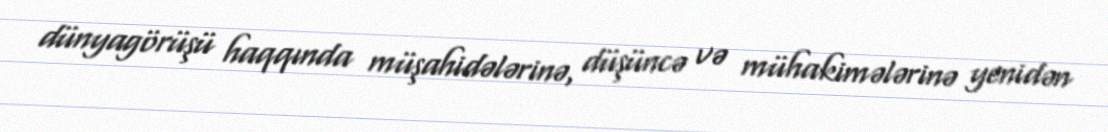
dünyagörüşü haqqında müşahidələrinə, düşüncə və mühakimələrinə yenidən